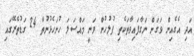
އަދި އެގެއިން ވަގަށް ނަގާފައިވާތަކެތި ފުލުހުން ވަނީ މައްސަލަ ހުށަހެޅުނުތާ 24 ގަޑުތެރޭގައި